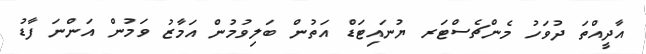
އާދީއްތަ ދުވަހު މެންޗެސްޓަރ ޔުނައިޓަޑް އަތުން ބަލިވުމުން އަމާޒު ވަމުން އަންނަ ފާޑު